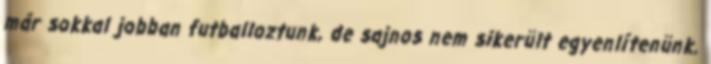
már sokkal jobban futballoztunk, de sajnos nem sikerült egyenlítenünk.